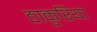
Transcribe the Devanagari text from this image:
ठाकुरिया